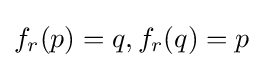
f_{r}(p)=q,f_{r}(q)=p